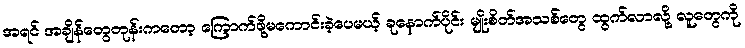
အရင် အချိန်တွေတုန်းကတော့ ကြောက်ဖို့မကောင်းခဲ့ပေမယ့် ခုနောက်ပိုင်း မျိုးစိတ်အသစ်တွေ ထွက်လာလို့ လူတွေကို